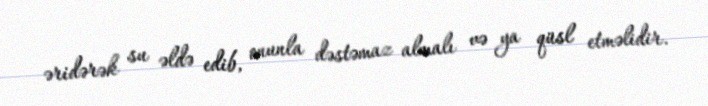
əridərək su əldə edib, onunla dəstəmaz almalı və ya qüsl etməlidir.